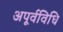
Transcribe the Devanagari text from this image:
अपूर्वविधि